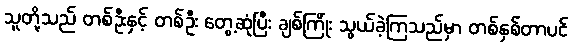
သူတို့သည် တစ်ဦးနှင့် တစ်ဦး တွေ့ဆုံပြီး ချစ်ကြိုံး သွယ်ခဲ့ကြသည်မှာ တစ်နှစ်တာပင်